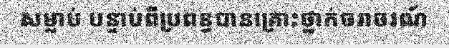
សម្លាប់ បន្ទាប់ពីប្រពន្ធបានគ្រោះថ្នាក់ចរាចរណ៍